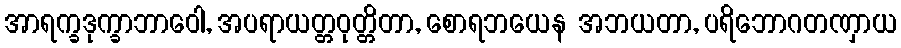
အာရက္ခဒုက္ခာဘာဝေါ, အပရာယတ္တဝုတ္တိတာ, စောရဘယေန အဘယတာ, ပရိဘောဂတဏှာယ